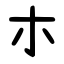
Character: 朩